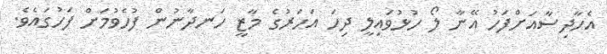
އެހާދިސާއަށްފަހު އޭނާ ލޯ ހުޅުވައިލީ ދިހަ އަހަރުގެ މާޒީ ހަނދާނުން ފުހެވުމަށް ފަހުގައެވެ.